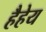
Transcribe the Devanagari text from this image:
हैहेय